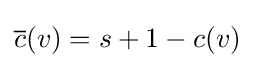
{\overline {c}}(v)=s+1-c(v)